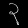
Digit: ၃